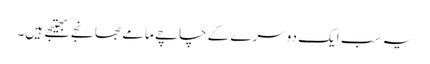
یہ سب ایک دوسرے کے چاچے مامے بھانجے بھتیجے ہیں۔